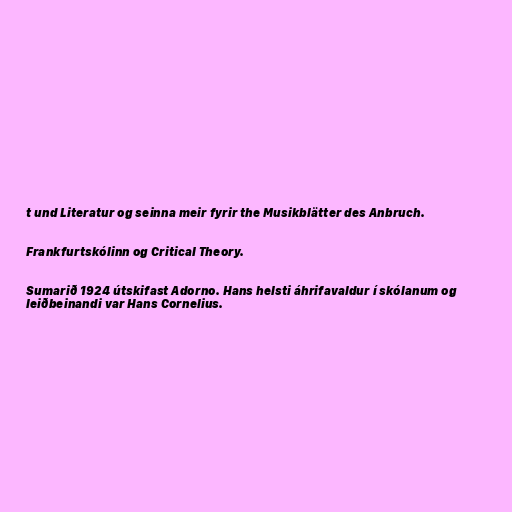
t und Literatur og seinna meir fyrir the Musikblätter des Anbruch.

Frankfurtskólinn og Critical Theory.

Sumarið 1924 útskifast Adorno. Hans helsti áhrifavaldur í skólanum og
leiðbeinandi var Hans Cornelius.